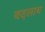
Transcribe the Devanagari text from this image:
बदलाय